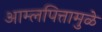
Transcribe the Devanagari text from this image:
आम्लपित्तामुळे